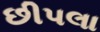
છીપલા